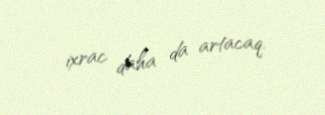
ixrac daha da artacaq.